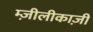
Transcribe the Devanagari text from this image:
म्ज़ीलीकाज़ी